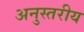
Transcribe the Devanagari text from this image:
अनुस्तरीय